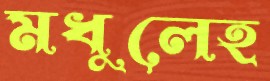
মধুলেহ